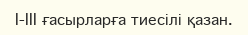
I-III ғасырларға тиесілі қазан.